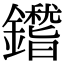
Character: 鑙